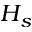
H _ { s }